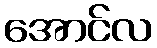
အောင်လ